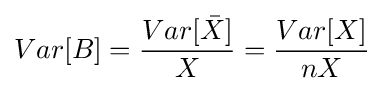
Var[B]={\frac {Var[{\bar {X}}]}{X}}={\frac {Var[X]}{nX}}